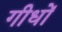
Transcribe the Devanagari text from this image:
गीधों